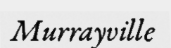
Murrayville